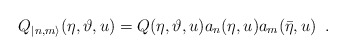
\begin{align*}Q_{|n,m\rangle }(\eta ,\vartheta ,u)=Q(\eta ,\vartheta ,u)a_{n}(\eta,u)a_{m}(\bar{\eta },u)\, \, \, .\end{align*}